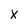
Character: X